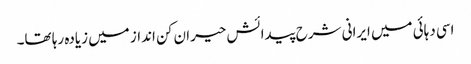
اسی دہائی میں ایرانی شرح پیدائش حیران کن انداز میں زیادہ رہا تھا۔